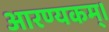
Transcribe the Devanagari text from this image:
आरण्यकम्।